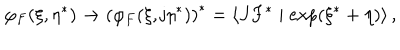
LaTeX: \varphi _ { F } ( \xi , \eta ^ { * } ) \rightarrow \left( \varphi _ { F } ( \xi , \mathrm { j } \eta ^ { * } ) \right) ^ { * } = \left\langle J F ^ { * } \mid \exp ( \xi ^ { * } + \eta ) \right\rangle ,